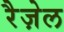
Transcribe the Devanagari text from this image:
रैज़ेल